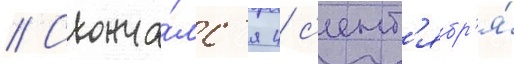
// Сконча́лс'я 4 с'ент'ябр'я́